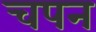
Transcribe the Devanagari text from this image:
चपन